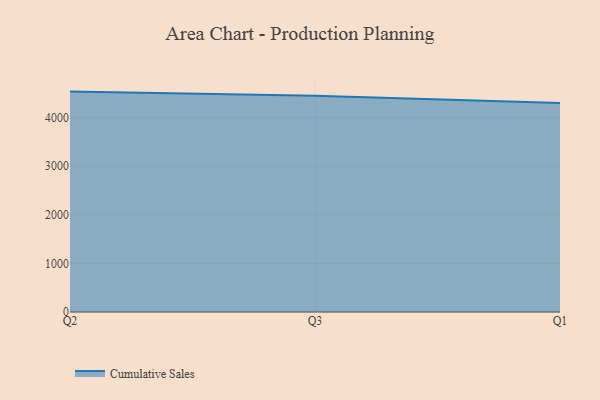
{"axis": {"x": "Quarter", "y": "Latency (ms)"}, "legend": ["Cumulative Sales"], "data": [{"x": "Q2", "y": 4537.5, "type": "Cumulative Sales"}, {"x": "Q3", "y": 4453.0, "type": "Cumulative Sales"}, {"x": "Q1", "y": 4303.7, "type": "Cumulative Sales"}]}